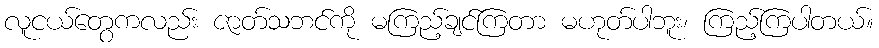
လူငယ်တွေကလည်း ဇာတ်သဘင်ကို မကြည့်ချင်ကြတာ မဟုတ်ပါဘူး၊ ကြည့်ကြပါတယ်။